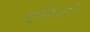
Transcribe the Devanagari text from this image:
भूमिधरों